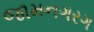
જામનગરગ